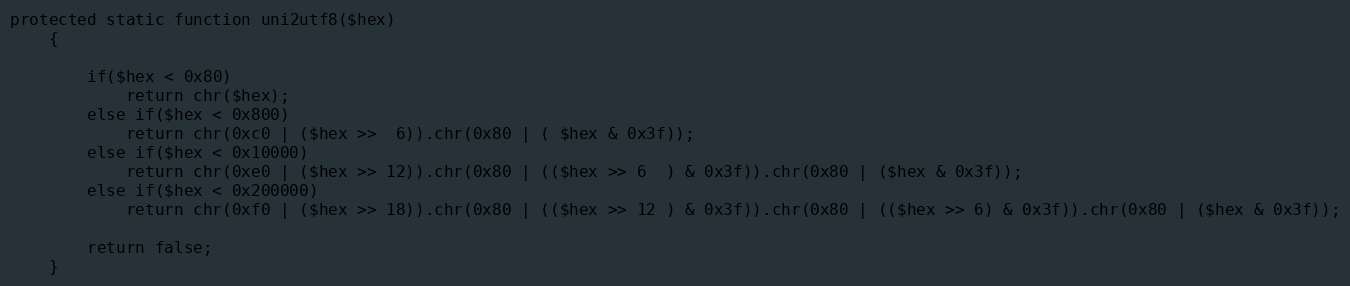
Language: PHP
protected static function uni2utf8($hex)
    {

        if($hex < 0x80)
            return chr($hex);
        else if($hex < 0x800)
            return chr(0xc0 | ($hex >>  6)).chr(0x80 | ( $hex & 0x3f));
        else if($hex < 0x10000)
            return chr(0xe0 | ($hex >> 12)).chr(0x80 | (($hex >> 6  ) & 0x3f)).chr(0x80 | ($hex & 0x3f));
        else if($hex < 0x200000)
            return chr(0xf0 | ($hex >> 18)).chr(0x80 | (($hex >> 12 ) & 0x3f)).chr(0x80 | (($hex >> 6) & 0x3f)).chr(0x80 | ($hex & 0x3f));

        return false;
    }